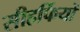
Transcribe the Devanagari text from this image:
सीहर्फियों